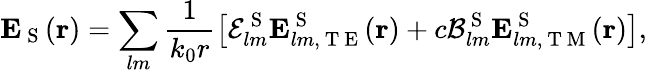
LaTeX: \boldsymbol{\mathbf{E}}_{\mathrm{~S~}}(\boldsymbol{\mathbf{r}})=\sum_{lm}\frac{1}{k_{0}r}\left[\mathcal{E}_{lm}^{\mathrm{~S~}}\boldsymbol{\mathbf{E}}_{lm,\mathrm{~T~E~}}^{\mathrm{~S~}}(\boldsymbol{\mathbf{r}})+c\mathcal{B}_{lm}^{\mathrm{~S~}}\boldsymbol{\mathbf{E}}_{lm,\mathrm{~T~M~}}^{\mathrm{~S~}}(\boldsymbol{\mathbf{r}})\right],